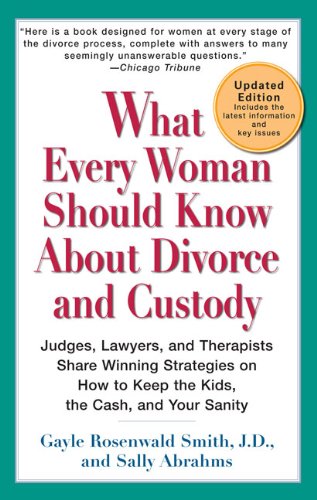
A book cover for What Every Woman Should Know About Divorce and Custody (Rev): Judges, Lawyers, and Therapists Share Winning Strategies onHow toKeep the Kids, the Cash, and Your Sanity; Gayle Rosenwald Smith J.D.; Law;